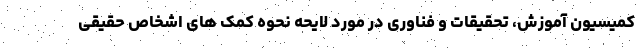
کمیسیون آموزش، تحقیقات و فناوری در مورد لایحه نحوه کمک های اشخاص حقیقی